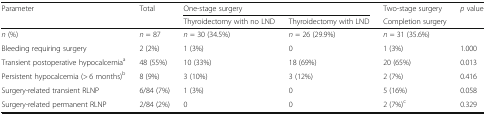
<table><thead><tr><td rowspan="2"><b>Parameter</b></td><td><b>Total</b></td><td colspan="2"><b>One-stage surgery</b></td><td><b>Two-stage surgery</b></td><td><b><i>p</i> value</b></td></tr><tr><td>[EMPTY_CELL]</td><td><b>Thyroidectomy with no LND</b></td><td><b>Thyroidectomy with LND</b></td><td><b>Completion surgery</b></td><td>[EMPTY_CELL]</td></tr></thead><tbody><tr><td><i>n</i> (%)</td><td><i>n</i> = 87</td><td><i>n</i> = 30 (34.5%)</td><td><i>n</i> = 26 (29.9%)</td><td><i>n</i> = 31 (35.6%)</td><td>[EMPTY_CELL]</td></tr><tr><td>Bleeding requiring surgery</td><td>2 (2%)</td><td>1 (3%)</td><td>0</td><td>1 (3%)</td><td>1.000</td></tr><tr><td>Transient postoperative hypocalcemia<sup>a</sup></td><td>48 (55%)</td><td>10 (33%)</td><td>18 (69%)</td><td>20 (65%)</td><td>0.013</td></tr><tr><td>Persistent hypocalcemia (&gt; 6 months)<sup>b</sup></td><td>8 (9%)</td><td>3 (10%)</td><td>3 (12%)</td><td>2 (7%)</td><td>0.416</td></tr><tr><td>Surgery-related transient RLNP</td><td>6/84 (7%)</td><td>1 (3%)</td><td>0</td><td>5 (16%)</td><td>0.058</td></tr><tr><td>Surgery-related permanent RLNP</td><td>2/84 (2%)</td><td>0</td><td>0</td><td>2 (7%)<sup>c</sup></td><td>0.329</td></tr></tbody></table>